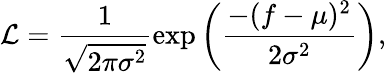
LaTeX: \mathcal{L}=\frac{1}{\sqrt{2\pi\sigma^{2}}}\exp\left(\frac{-(f-\mu)^{2}}{2\sigma^{2}}\right),